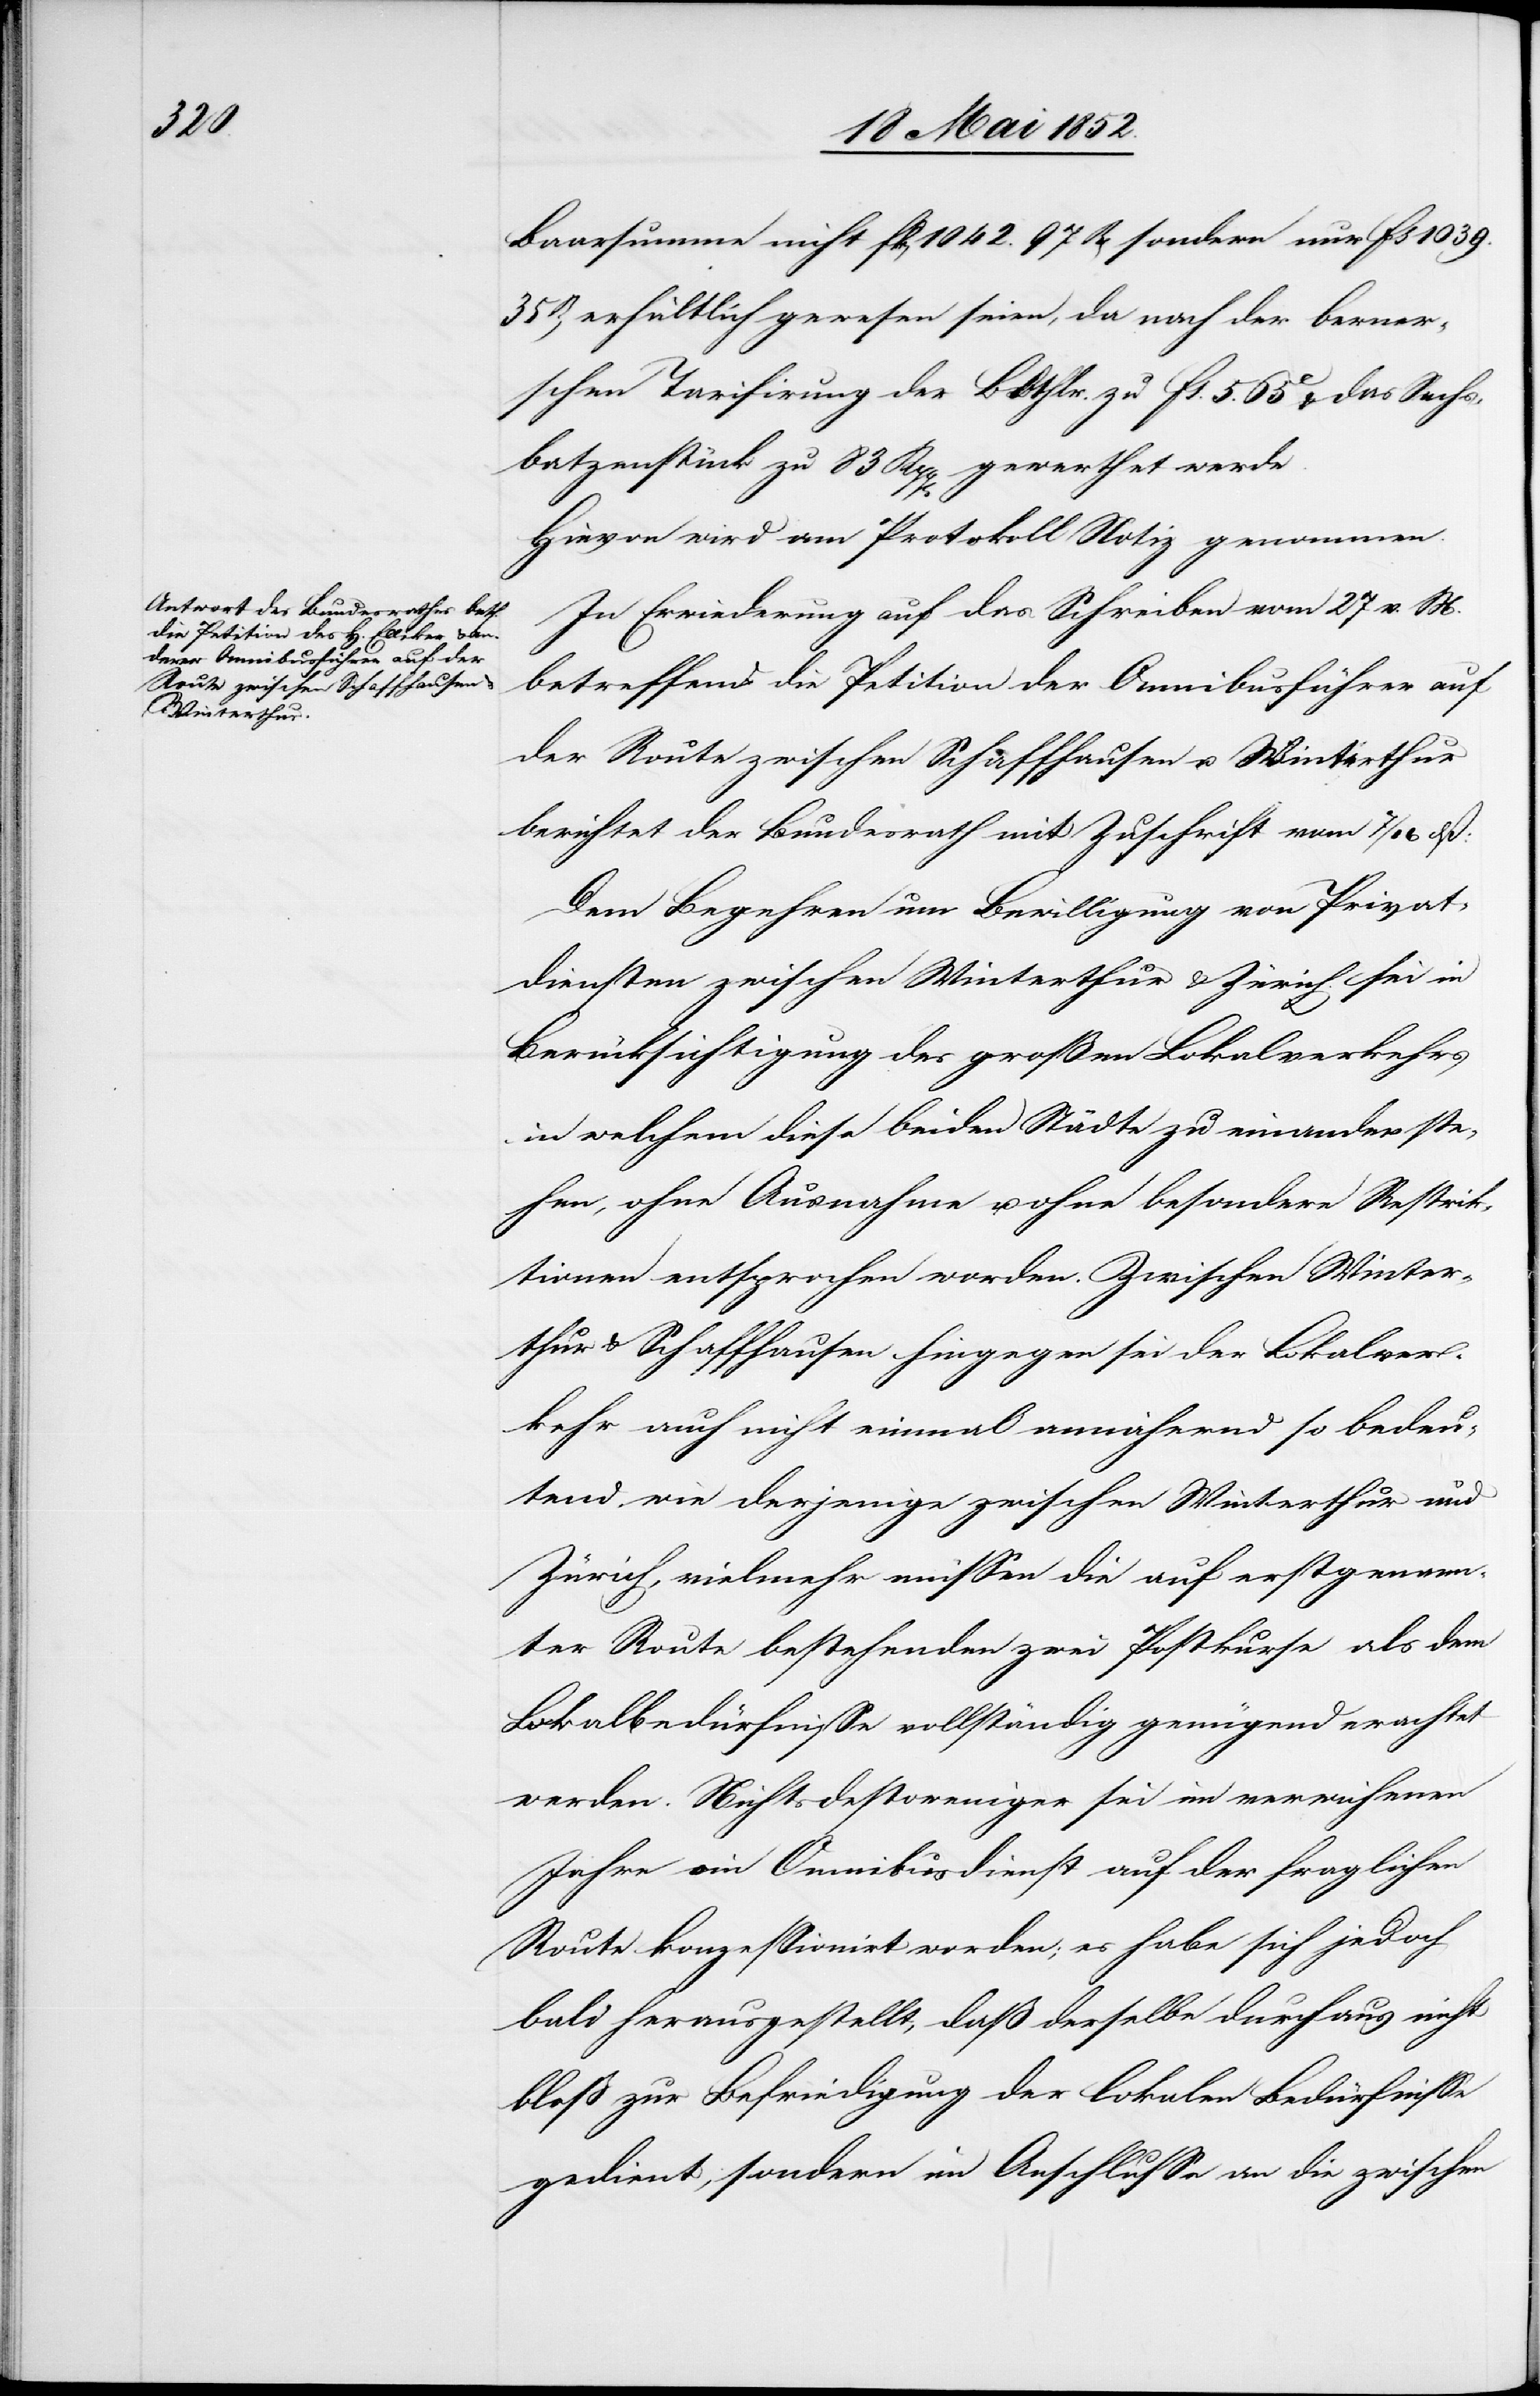
Baarsumme nicht Fk[en] 1042. 97Rp[en] sondern nur fs 1039.
35R[en] erhältlich gewesen seien, da nach der berner¬
schen Tarifirung der BBthlr. zu fs. 5. 65C & das Sechs¬
batzenstück zu 83 Rpp[en] gewerthet werde.
Hievon wird am Protokoll Notiz genommen.
In Erwiederung auf das Schreiben vom 27 v. M.
betreffend die Petition der Omnibusführer auf
der Route zwischen Schaffhausen u. Winterthur
berichtet der Bundesrath mit Zuschrift vom 7 /
Dem Begehren um Bewilligung von Privat¬
diensten zwischen Winterthur & Zürich sei in
Berücksichtigung des grossen Lokalverkehrs
in welchem diese beiden Städte zu einander ste¬
hen, ohne Ausnahme u. ohne besondere Restrik¬
tionen entsprochen worden. Zwischen Winter¬
thur & Schaffhausen hingegen sei der Lokalver¬
kehr auch nicht einmal annähernd so bedeu¬
tend wie derjenige zwischen Winterthur und
Zürich, vielmehr müssen die auf erstgenann¬
ter Route bestehenden zwei Postkurse als dem
Lokalbedürfnisse vollständig genügend erachtet
werden. Nichtsdestoweniger sei im verwichenen
Jahre ein Omnibusdienst auf der fraglichen
Route konzessionirt worden; es habe sich jedoch
bald herausgestellt, dass derselbe durchaus nicht
bloss zur Befriedigung der lokalen Bedürfnisse
gedient, sondern im Anschlusse an die zwischen